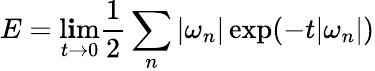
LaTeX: E=\operatorname*{l\mathbf{i}m}_{t\to0}{\frac{{1}}{{2}}}\sum_{n}|\omega_{n}|\exp(-t|\omega_{n}|)